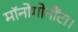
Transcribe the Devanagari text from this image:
मॉनोगोनौंटा।